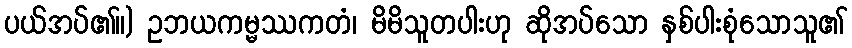
ပယ်အပ်၏။) ဥဘယကမ္မဿကတံ၊ မိမိသူတပါးဟု ဆိုအပ်သော နှစ်ပါးစုံသောသူ၏